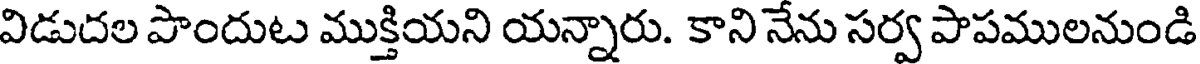
విడుదల పొందుట ముక్తియని యన్నారు. కాని నేను సర్వ పాపములనుండి